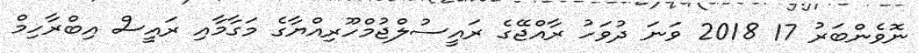
ނޮވެންބަރު 17 2018 ވަނަ ދުވަހު ރާއްޖޭގެ ރައީސުލްޖުމްހޫރިއްޔާގެ މަގާމާއި ރައީސް އިބްރާހިމް